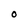
Character: o